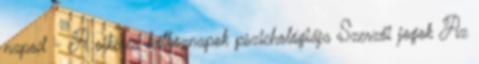
napod - A sikeres hétköznapok pszichológiája Szerzői jogok Az